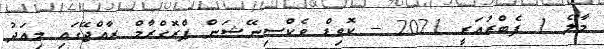
މާލެ 1 ފެބްރުއަރީ 2021 -- ކޮވިޑް ވެކްސިނޭޝަން ޕްރޮގްރާމް ރާއްޖޭގައި މިއަދު